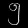
Digit: ၅